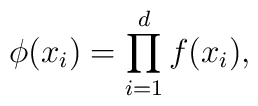
\phi(x_i)=\prod_{i=1}^d f(x_i),